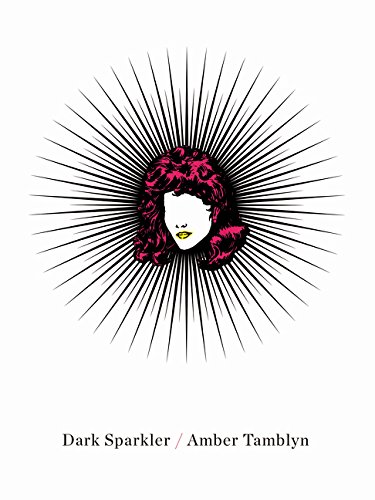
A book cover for Dark Sparkler; Amber Tamblyn; Literature & Fiction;